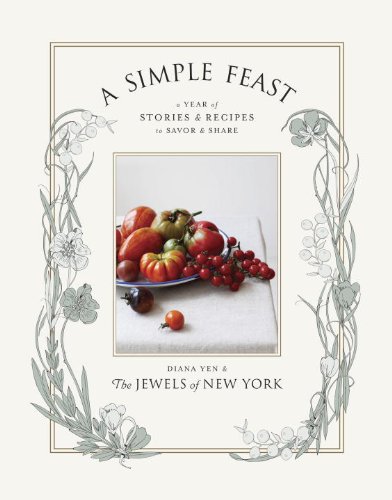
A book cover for A Simple Feast: A Year of Stories and Recipes to Savor and Share; Diana Yen; Cookbooks, Food & Wine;